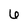
Character: 6